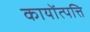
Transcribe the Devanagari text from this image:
कायोंत्पत्ति